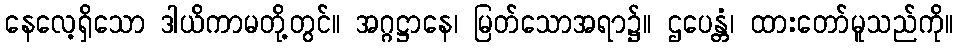
နေလေ့ရှိသော ဒါယိကာမတို့တွင်။ အဂ္ဂဋ္ဌာနေ၊ မြတ်သောအရာ၌။ ဌပေန္တံ၊ ထားတော်မူသည်ကို။